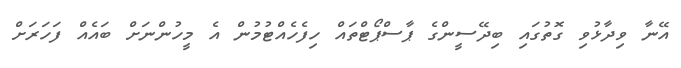
އޭނާ ވިދާޅުވި ގޮތުގައި ބިދޭސީންގެ ޕާސްޕޯޓްތައް ހިފެހެއްޓުމުން އެ މީހުންނަށް ބައެއް ފަހަރަށް